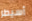
أسيطر